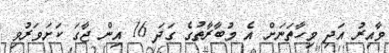
ވާއިރު އަދި މިހާތަނަށް އެ މުބާރާތުގެ ގަދަ 16 އިން ޖާގަ ކަށަވަރުވި